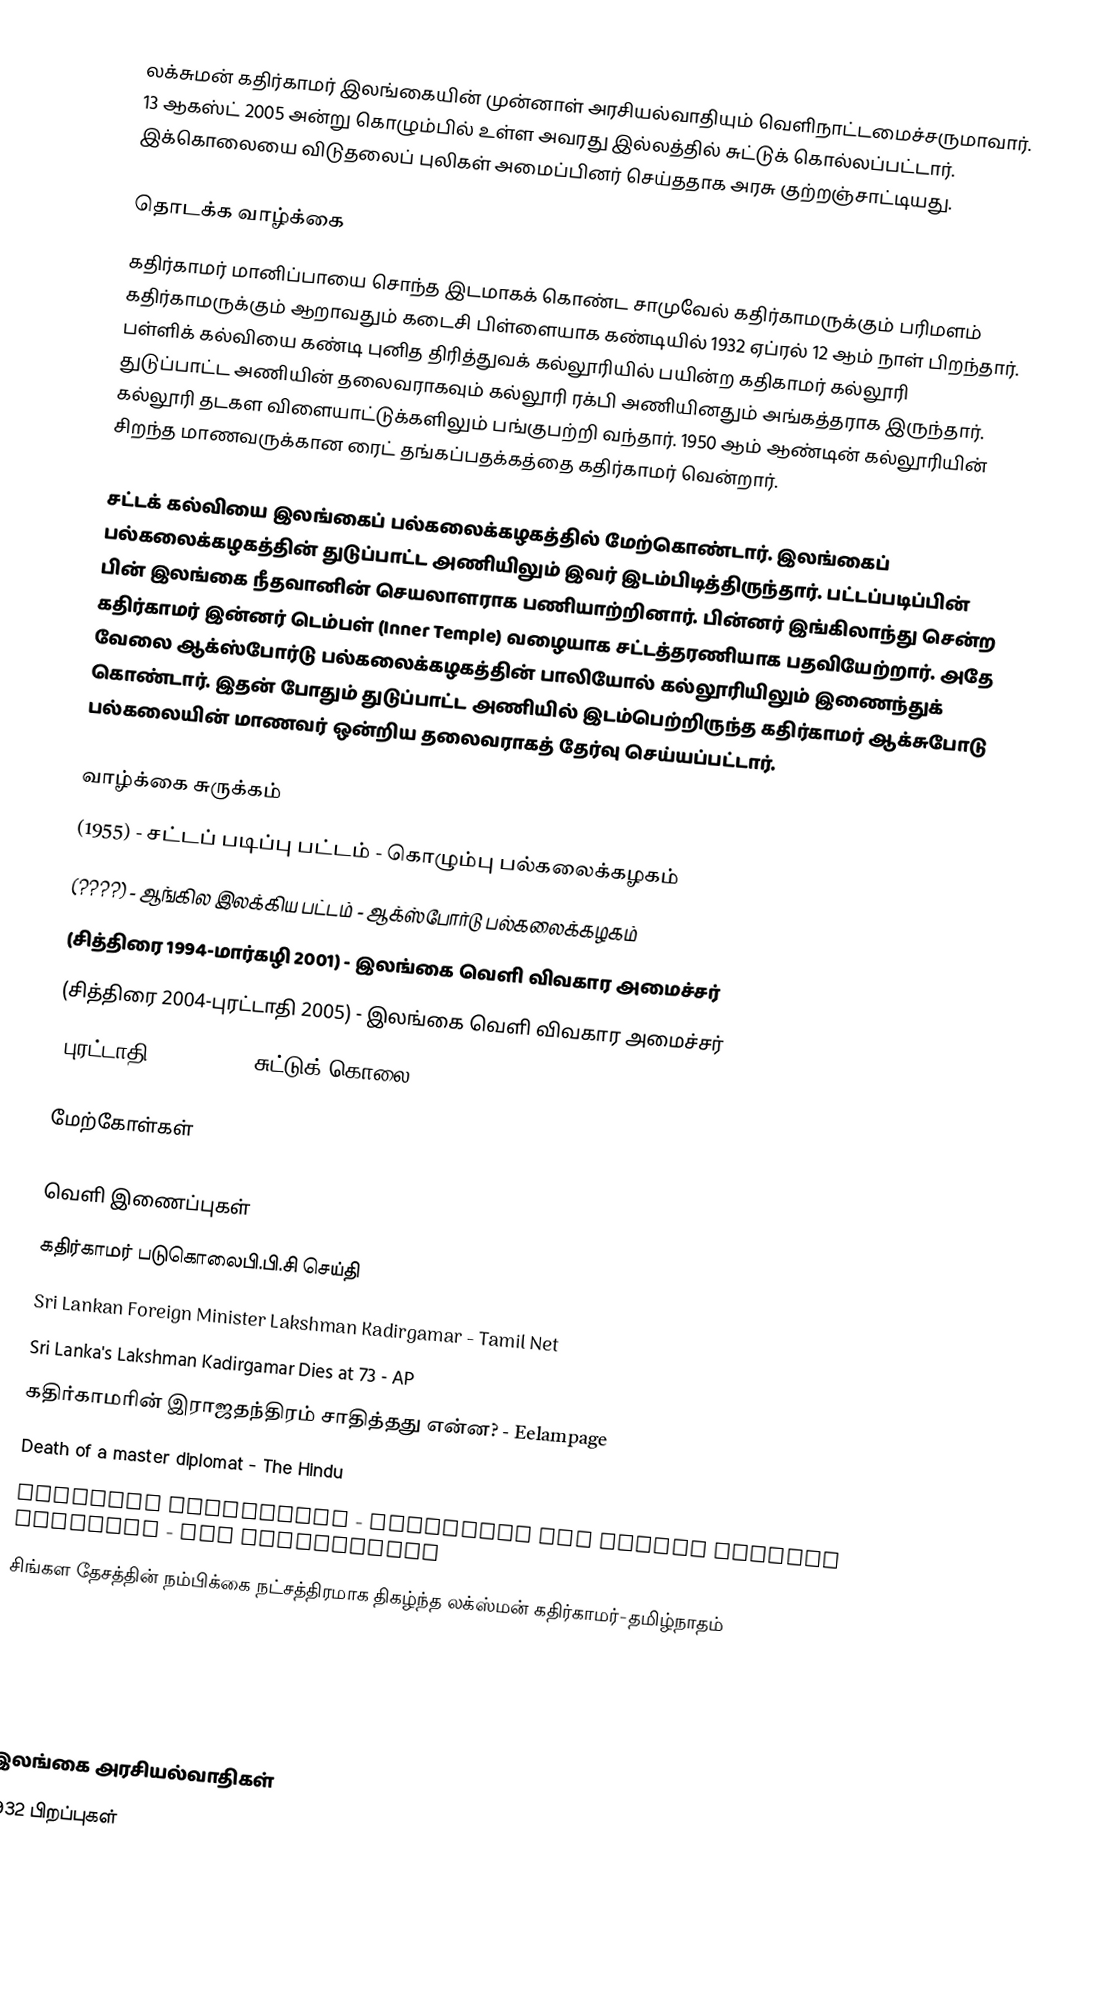
லக்சுமன் கதிர்காமர் இலங்கையின் முன்னாள் அரசியல்வாதியும் வெளிநாட்டமைச்சருமாவார். 13 ஆகஸ்ட் 2005 அன்று கொழும்பில் உள்ள அவரது இல்லத்தில் சுட்டுக் கொல்லப்பட்டார். இக்கொலையை விடுதலைப் புலிகள் அமைப்பினர் செய்ததாக அரசு குற்றஞ்சாட்டியது.

தொடக்க வாழ்க்கை
கதிர்காமர் மானிப்பாயை சொந்த இடமாகக் கொண்ட சாமுவேல் கதிர்காமருக்கும் பரிமளம் கதிர்காமருக்கும் ஆறாவதும் கடைசி பிள்ளையாக கண்டியில் 1932 ஏப்ரல் 12 ஆம் நாள் பிறந்தார். பள்ளிக் கல்வியை கண்டி புனித திரித்துவக் கல்லூரியில் பயின்ற கதிகாமர் கல்லூரி துடுப்பாட்ட அணியின் தலைவராகவும் கல்லூரி ரக்பி அணியினதும் அங்கத்தராக இருந்தார். கல்லூரி தடகள விளையாட்டுக்களிலும் பங்குபற்றி வந்தார். 1950 ஆம் ஆண்டின் கல்லூரியின் சிறந்த மாணவருக்கான ரைட் தங்கப்பதக்கத்தை கதிர்காமர் வென்றார்.

சட்டக் கல்வியை இலங்கைப் பல்கலைக்கழகத்தில் மேற்கொண்டார். இலங்கைப் பல்கலைக்கழகத்தின் துடுப்பாட்ட அணியிலும் இவர் இடம்பிடித்திருந்தார். பட்டப்படிப்பின் பின் இலங்கை நீதவானின் செயலாளராக பணியாற்றினார். பின்னர் இங்கிலாந்து சென்ற கதிர்காமர் இன்னர் டெம்பள் (Inner Temple) வழையாக சட்டத்தரணியாக பதவியேற்றார். அதே வேலை ஆக்ஸ்போர்டு பல்கலைக்கழகத்தின் பாலியோல் கல்லூரியிலும் இணைந்துக் கொண்டார். இதன் போதும் துடுப்பாட்ட அணியில் இடம்பெற்றிருந்த கதிர்காமர் ஆக்சுபோடு பல்கலையின் மாணவர் ஒன்றிய தலைவராகத் தேர்வு செய்யப்பட்டார்.

வாழ்க்கை சுருக்கம்
 (1955) - சட்டப் படிப்பு பட்டம் - கொழும்பு பல்கலைக்கழகம்
 (????) - ஆங்கில இலக்கிய பட்டம் - ஆக்ஸ்போர்டு பல்கலைக்கழகம்
 (சித்திரை 1994-மார்கழி 2001) - இலங்கை வெளி விவகார அமைச்சர்
 (சித்திரை 2004-புரட்டாதி 2005) - இலங்கை வெளி விவகார அமைச்சர்
 (புரட்டாதி 13, 2005) - சுட்டுக் கொலை

மேற்கோள்கள்

வெளி இணைப்புகள்
 கதிர்காமர் படுகொலைபி.பி.சி செய்தி
 Sri Lankan Foreign Minister Lakshman Kadirgamar - Tamil Net
 Sri Lanka's Lakshman Kadirgamar Dies at 73 - AP
 கதிர்காமரின் இராஜதந்திரம் சாதித்தது என்ன? - Eelampage
 Death of a master diplomat - The Hindu
 Lakshman Kadirgamar - Effective Sri Lankan Foreign Minister - The Independent
 சிங்கள தேசத்தின் நம்பிக்கை நட்சத்திரமாக திகழ்ந்த லக்ஸ்மன் கதிர்காமர்-தமிழ்நாதம்

இலங்கை அரசியல்வாதிகள்
1932 பிறப்புகள்
2